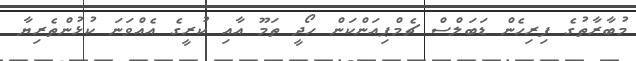
މުބާރާތުގެ ފިރިހެން ޑަބަލްސް ޗެމްޕިއަންކަން ހޯދީ ތަމޫ އާއި ކުރީގެ އެއްވަނަ ކުޅުންތެރިޔާ